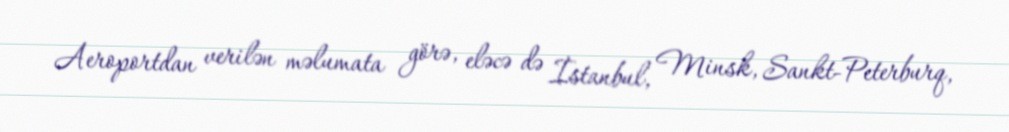
Aeroportdan verilən məlumata görə, eləcə də İstanbul, Minsk, Sankt-Peterburq,